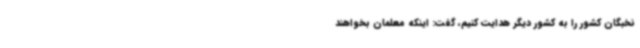
نخبگان کشور را به کشور دیگر هدایت کنیم، گفت: اینکه معلمان بخواهند